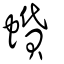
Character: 蟘